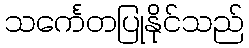
သင်္ကေတပြုနိုင်သည်